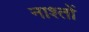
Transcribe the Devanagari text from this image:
नाश्तों